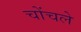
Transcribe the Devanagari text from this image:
चोंचले